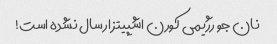
نان جو رژیمی کورن اشپیتز ارسال نشده است!